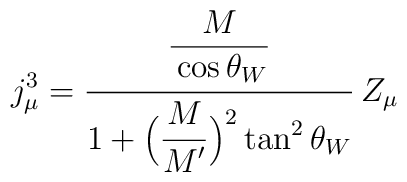
j^3_\mu=\frac{\frac{\strut\displaystyle M}{\strut\displaystyle\cos\theta_W}}{1+\strut\displaystyle\Bigl(\frac{\strut\displaystyle M}{\strut\displaystyle M^\prime}\Bigr)^2\tan^2\theta_W}\,Z_\mu